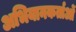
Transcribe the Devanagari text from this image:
अभियानकर्ताओं